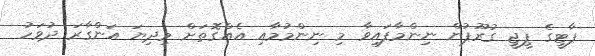
ޕާޓީގެ ޕީޖީ ގުރޫޕުން ނިންމާފައިވާ މި ނިންމުމާއި އެއްގޮތަށް މިދިޔަ އަންގާރަ ދުވަހު